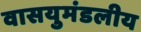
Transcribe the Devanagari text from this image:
वासयुमंडलीय